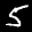
Label: 5